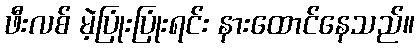
ဖီးလစ် မဲ့ပြုံးပြုံးရင်း နားထောင်နေသည်။